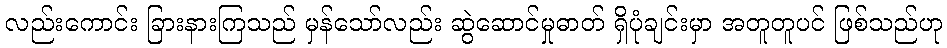
လည်းကောင်း ခြားနားကြသည် မှန်သော်လည်း ဆွဲဆောင်မှုဓာတ် ရှိပုံချင်းမှာ အတူတူပင် ဖြစ်သည်ဟု